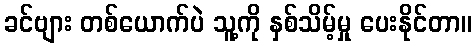
ခင်ဗျား တစ်ယောက်ပဲ သူ့ကို နှစ်သိမ့်မှု ပေးနိုင်တာ။